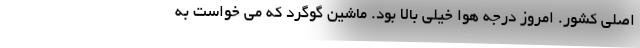
اصلی کشور. امروز درجه هوا خیلی بالا بود. ماشین گوگرد که می خواست به